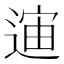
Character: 𲅣